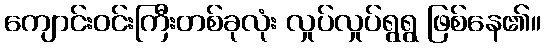
ကျောင်းဝင်းကြီးတစ်ခုလုံး လှုပ်လှုပ်ရွရွ ဖြစ်နေ၏။